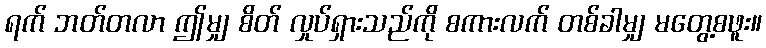
ရက် ဘတ်တလာ ဤမျှ စိတ် လှုပ်ရှားသည်ကို စကားလက် တစ်ခါမျှ မတွေ့စဖူး။